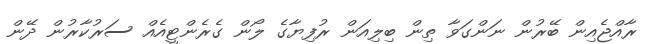
ރާއްޖެއިން ބޭރުން ނަންގަވާ ތިން ބިލިއަން ރުފިޔާގެ ލޯން ގެރެންޓީއެއް ސަރުކާރުން ދޭން